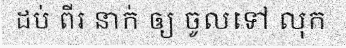
ដប់ ពីរ នាក់ ឲ្យ ចូលទៅ លុក